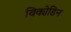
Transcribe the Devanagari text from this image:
विको़डिन